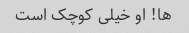
ها! او خیلی کوچک است